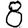
Digit: 8